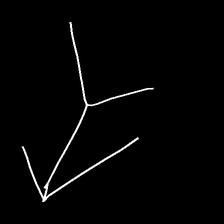
Glyph: gather